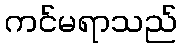
ကင်မရာသည်